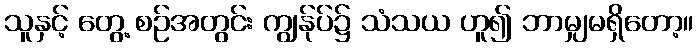
သူနှင့် တွေ့ စဉ်အတွင်း ကျွန်ုပ်၌ သံသယ ဟူ၍ ဘာမျှမရှိတော့။